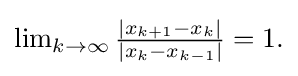
{\textstyle \lim _{k\to \infty }{\frac {|x_{k+1}-x_{k}|}{|x_{k}-x_{k-1}|}}=1.}